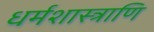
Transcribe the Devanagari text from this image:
धर्मशास्त्राणि